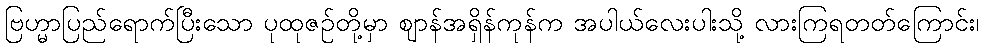
ဗြဟ္မာပြည်ရောက်ပြီးသော ပုထုဇဉ်တို့မှာ ဈာန်အရှိန်ကုန်က အပါယ်လေးပါးသို့ လားကြရတတ်ကြောင်း၊